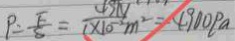
P = \frac { F } { S } = \frac { 4 9 N } { 1 \times 1 0 ^ { - 2 } m ^ { 2 } } = 4 9 0 0 P a